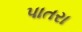
પાતરા